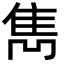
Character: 雋